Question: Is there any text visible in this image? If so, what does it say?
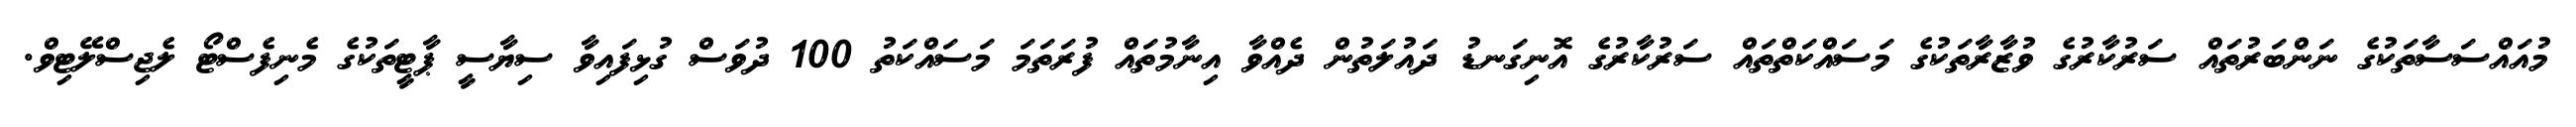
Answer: މުއައްސަސާތަކުގެ ނަންބަރުތައް ސަރުކާރުގެ ވުޒާރާތަކުގެ މަސައްކަތްތައް ސަރުކާރުގެ އޮނިގަނޑު ދައުލަތުން ދެއްވާ އިނާމުތައް ފުރަތަމަ މަސައްކަތު 100 ދުވަސް ގުޅިފައިވާ ސިޔާސީ ޕާޓީތަކުގެ މެނިފެސްޓޯ ލެޖިސްލޭޓިވް.